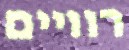
רוויים